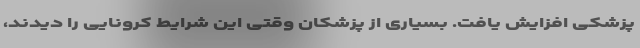
پزشکی افزایش یافت. بسیاری از پزشکان وقتی این شرایط کرونایی را دیدند،